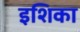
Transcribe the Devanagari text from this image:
इशिका